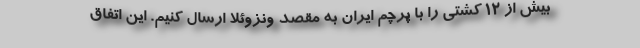
بیش از ۱۲ کشتی را با پرچم ایران به مقصد ونزوئلا ارسال کنیم. این اتفاق